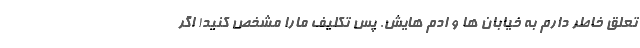
تعلق خاطر دارم به خیابان ها و ادم هایش. پس تکلیف مارا مشخص کنید! اگر